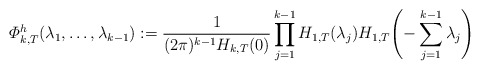
\begin{align*}\varPhi_{k,T}^{h}(\lambda_{1},\ldots,\lambda_{k-1}):=\frac{1}{(2\pi)^{k-1}H_{k,T}(0)}\prod_{j=1}^{k-1}H_{1,T}(\lambda_{j})H_{1,T} \Biggl(-\sum_{j=1}^{k-1}\lambda_{j} \Biggr)\end{align*}